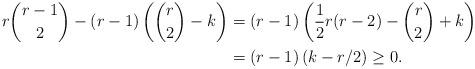
LaTeX: \begin{align*}r\binom{r-1}{2} - (r-1)\left(\binom{r}{2}-k\right) &= (r-1)\left(\frac{1}{2}r(r-2)-\binom{r}{2}+ k\right)\\&= (r-1)\left(k-r/2\right) \ge 0.\end{align*}